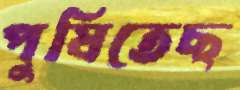
পুষিতেছ